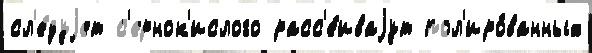
сл'е́дуjет с'ернок'ислого расс'е́иваjут пол'иро́ванных